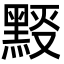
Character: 𪑉